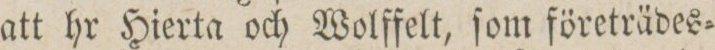
att hr Hierta och Wolffelt, ſom företrädes=